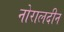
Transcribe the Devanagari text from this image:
नोरालदीन